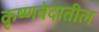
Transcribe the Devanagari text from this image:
कृष्णवेदातील